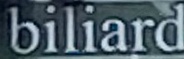
biliard